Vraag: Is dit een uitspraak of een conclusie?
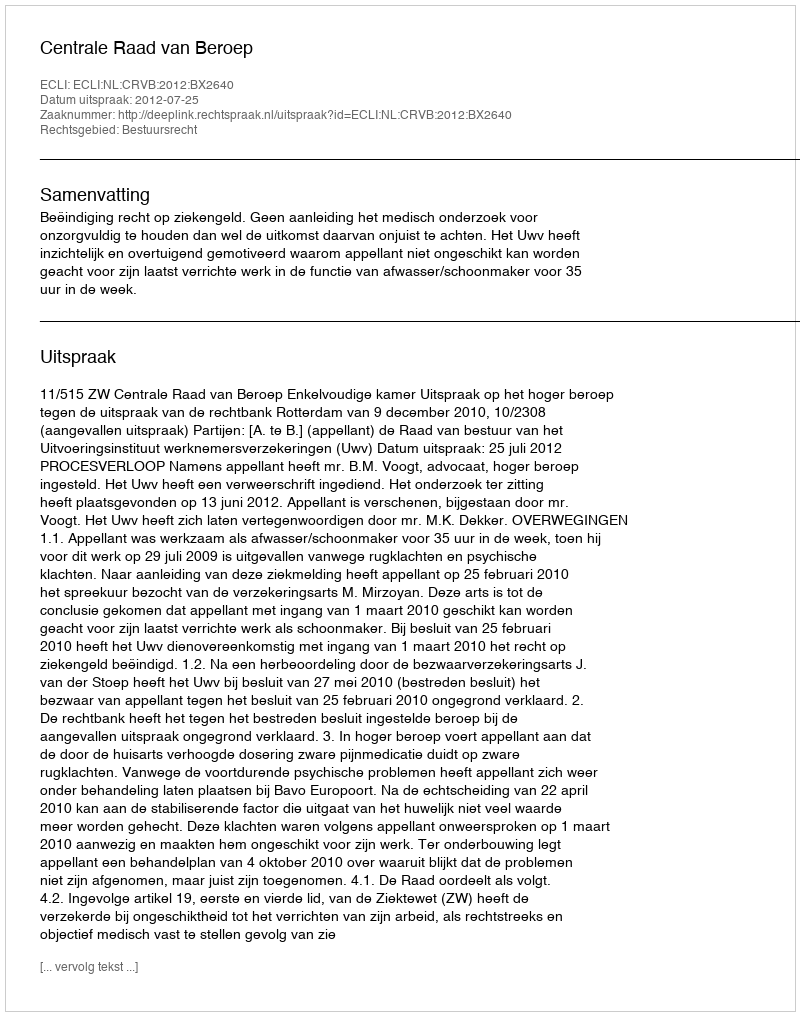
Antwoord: Uitspraak